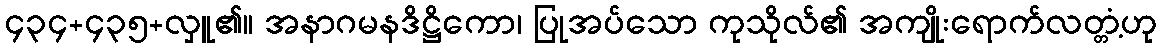
၄၃၄+၄၃၅+လှူ၏။ အနာဂမနဒိဋ္ဌိကော၊ ပြုအပ်သော ကုသိုလ်၏ အကျိုးရောက်လတ္တံ့ဟု